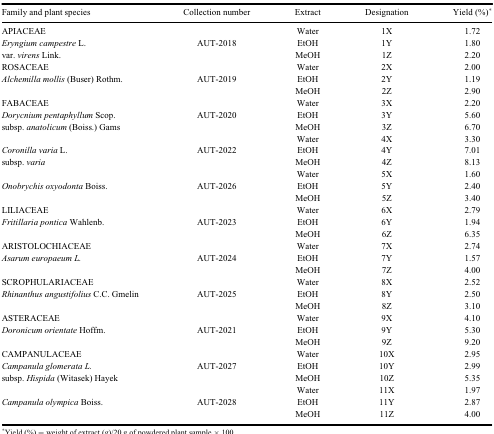
<table><thead><tr><td><b>Family and plant species</b></td><td><b>Collection number</b></td><td><b>Extract</b></td><td><b>Designation</b></td><td><b>Yield (%)*</b></td></tr></thead><tbody><tr><td>APIACEAE</td><td> </td><td>Water</td><td>1X</td><td>1.72</td></tr><tr><td><i>Eryngium campestre</i> L.</td><td>AUT-2018</td><td>EtOH</td><td>1Y</td><td>1.80</td></tr><tr><td>var. <i>virens</i> Link.</td><td> </td><td>MeOH</td><td>1Z</td><td>2.20</td></tr><tr><td>ROSACEAE</td><td> </td><td>Water</td><td>2X</td><td>2.00</td></tr><tr><td><i>Alchemilla mollis</i> (Buser) Rothm.</td><td>AUT-2019</td><td>EtOH</td><td>2Y</td><td>1.19</td></tr><tr><td> </td><td> </td><td>MeOH</td><td>2Z</td><td>2.90</td></tr><tr><td>FABACEAE</td><td> </td><td>Water</td><td>3X</td><td>2.20</td></tr><tr><td><i>Dorycnium pentaphyllum</i> Scop.</td><td>AUT-2020</td><td>EtOH</td><td>3Y</td><td>5.60</td></tr><tr><td>subsp. <i>anatolicum</i> (Boiss.) Gams</td><td> </td><td>MeOH</td><td>3Z</td><td>6.70</td></tr><tr><td> </td><td> </td><td>Water</td><td>4X</td><td>3.30</td></tr><tr><td><i>Coronilla varia</i> L.</td><td>AUT-2022</td><td>EtOH</td><td>4Y</td><td>7.01</td></tr><tr><td>subsp. <i>varia</i></td><td> </td><td>MeOH</td><td>4Z</td><td>8.13</td></tr><tr><td> </td><td> </td><td>Water</td><td>5X</td><td>1.60</td></tr><tr><td><i>Onobrychis oxyodonta</i> Boiss.</td><td>AUT-2026</td><td>EtOH</td><td>5Y</td><td>2.40</td></tr><tr><td> </td><td> </td><td>MeOH</td><td>5Z</td><td>3.40</td></tr><tr><td>LILIACEAE</td><td> </td><td>Water</td><td>6X</td><td>2.79</td></tr><tr><td><i>Fritillaria pontica</i> Wahlenb.</td><td>AUT-2023</td><td>EtOH</td><td>6Y</td><td>1.94</td></tr><tr><td> </td><td> </td><td>MeOH</td><td>6Z</td><td>6.35</td></tr><tr><td>ARISTOLOCHIACEAE</td><td> </td><td>Water</td><td>7X</td><td>2.74</td></tr><tr><td><i>Asarum europaeum L.</i></td><td>AUT-2024</td><td>EtOH</td><td>7Y</td><td>1.57</td></tr><tr><td> </td><td> </td><td>MeOH</td><td>7Z</td><td>4.00</td></tr><tr><td>SCROPHULARIACEAE</td><td> </td><td>Water</td><td>8X</td><td>2.52</td></tr><tr><td><i>Rhinanthus angustifolius</i> C.C. Gmelin</td><td>AUT-2025</td><td>EtOH</td><td>8Y</td><td>2.50</td></tr><tr><td> </td><td> </td><td>MeOH</td><td>8Z</td><td>3.10</td></tr><tr><td>ASTERACEAE</td><td> </td><td>Water</td><td>9X</td><td>4.10</td></tr><tr><td><i>Doronicum orientate</i> Hoffm.</td><td>AUT-2021</td><td>EtOH</td><td>9Y</td><td>5.30</td></tr><tr><td> </td><td> </td><td>MeOH</td><td>9Z</td><td>9.20</td></tr><tr><td>CAMPANULACEAE</td><td> </td><td>Water</td><td>10X</td><td>2.95</td></tr><tr><td><i>Campanula glomerata L.</i></td><td>AUT-2027</td><td>EtOH</td><td>10Y</td><td>2.99</td></tr><tr><td>subsp. <i>Hispida</i> (Witasek) Hayek</td><td> </td><td>MeOH</td><td>10Z</td><td>5.35</td></tr><tr><td> </td><td> </td><td>Water</td><td>11X</td><td>1.97</td></tr><tr><td><i>Campanula olympica</i> Boiss.</td><td>AUT-2028</td><td>EtOH</td><td>11Y</td><td>2.87</td></tr><tr><td> </td><td> </td><td>MeOH</td><td>11Z</td><td>4.00</td></tr></tbody></table>